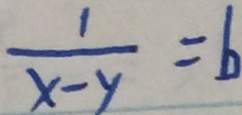
\frac { 1 } { x - y } = b